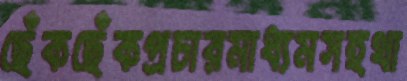
ছেঁকছেঁকপ্রচারমাধ্যমসহথা